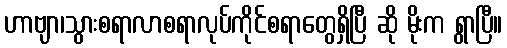
ဟာဗျာ၊သွားစရာလာစရာလုပ်ကိုင်စရာတွေရှိပြီ ဆို မိုးက ရွာပြီ။